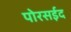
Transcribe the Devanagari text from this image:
पोरसईद